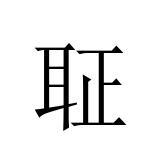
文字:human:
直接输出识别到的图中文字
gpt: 聇